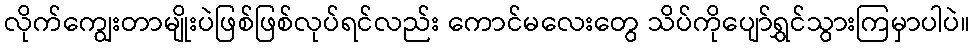
လိုက်ကျွေးတာမျိုးပဲဖြစ်ဖြစ်လုပ်ရင်လည်း ကောင်မလေးတွေ သိပ်ကိုပျော်ရွှင်သွားကြမှာပါပဲ။